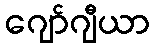
ဂျော်ဂျီယာ